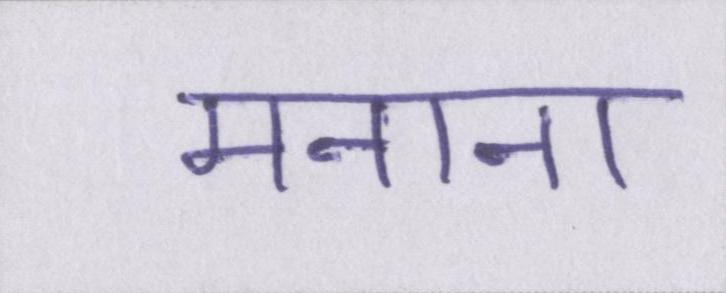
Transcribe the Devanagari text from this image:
मनाना